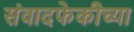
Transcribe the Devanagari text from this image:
संवादफेकीच्या